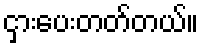
ငှားပေးတတ်တယ်။